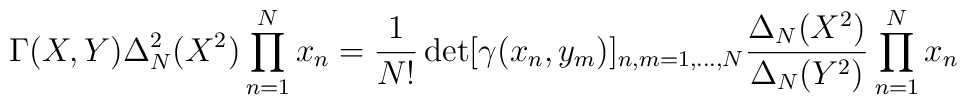
\Gamma(X,Y)\Delta_N^2(X^2)\prod_{n=1}^N x_n    =  \frac{1}{N!} \det[\gamma(x_n,y_m)]_{n,m=1,\ldots,N}           \frac{\Delta_N(X^2)}{\Delta_N(Y^2)}\prod_{n=1}^N x_n